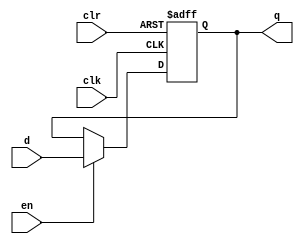
`timescale 1ns / 1ps
//////////////////////////////////////////////////////////////////////////////////
// Company: 
// Engineer: 
// 
// Design Name: 
// Module Name: dff
// Project Name: 
// Target Devices: 
// Tool Versions: 
// Description: 
// 
// Dependencies: 
// 
// Revision:
// Revision 0.01 - File Created
// Additional Comments:
// 
//////////////////////////////////////////////////////////////////////////////////


module dff(q, d, clk, en, clr);
   
   //Inputs
   input d, clk, en, clr;
   
   //Internal wire
   wire clr;

   //Output
   output q;
   
   //Register
   reg q;

   //Intialize q to 0
   initial
   begin
       q = 1'b0;
   end

   //Set value of q on positive edge of the clock or clear
   always @(posedge clk or posedge clr) begin
       //If clear is high, set q to 0
       if (clr) begin
           q <= 1'b0;
       //If enable is high, set q to the value of d
       end else if (en) begin
           q <= d;
       end
   end
endmodule